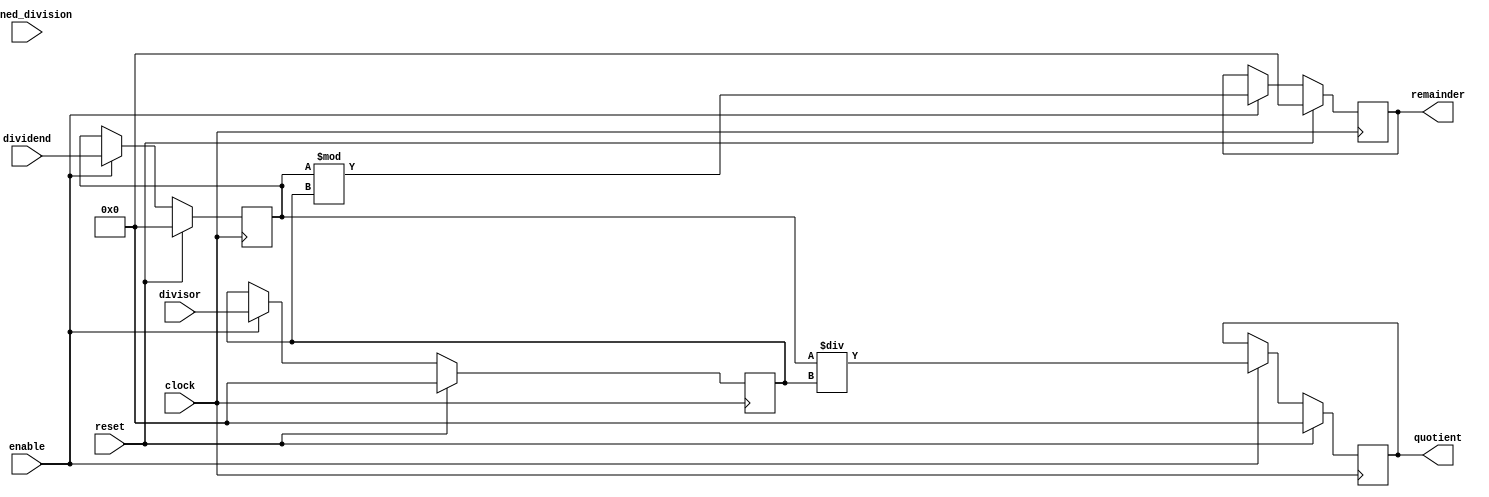
module synchronous_divider(
    input wire clock,
    input wire reset,
    input wire enable,
    input wire signed_division,
    input wire [31:0] dividend,
    input wire [31:0] divisor,
    output reg [31:0] quotient,
    output reg [31:0] remainder
);

reg [31:0] dividend_reg;
reg [31:0] divisor_reg;
reg [31:0] quotient_reg;
reg [31:0] remainder_reg;

always @(posedge clock) begin
    if (reset) begin
        dividend_reg <= 0;
        divisor_reg <= 0;
        quotient_reg <= 0;
        remainder_reg <= 0;
    end else begin
        if (enable) begin
            dividend_reg <= dividend;
            divisor_reg <= divisor;
            if (signed_division) begin
                quotient_reg <= dividend_reg / divisor_reg;
                remainder_reg <= dividend_reg % divisor_reg;
            end else begin
                quotient_reg <= dividend_reg / divisor_reg;
                remainder_reg <= dividend_reg % divisor_reg;
            end
        end
    end
end

assign quotient = quotient_reg;
assign remainder = remainder_reg;

endmodule